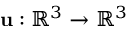
\mathbf { u } : \mathbb { R } ^ { 3 } \rightarrow \mathbb { R } ^ { 3 }